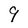
Character: 9